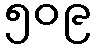
၅၀၉